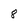
Character: 8